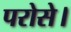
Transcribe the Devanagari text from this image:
परोसे।